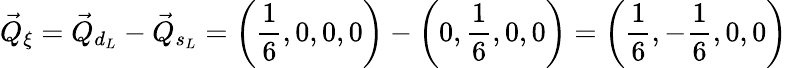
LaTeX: \vec{Q}_{\xi}=\vec{Q}_{d_{L}}-\vec{Q}_{s_{L}}=\left(\frac{1}{6},0,0,0\right)-\left(0,\frac{1}{6},0,0\right)=\left(\frac{1}{6},-\frac{1}{6},0,0\right)